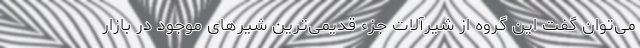
می‌توان گفت این گروه از شیرآلات جزء قدیمی‌ترین شیرهای موجود در بازار